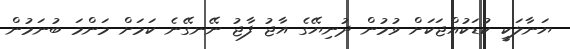
ޔަނާލަކީ ކުޑަކުއްޖަކަށް ވުމުން ދުނިޔޭގެ އާޖު ފާޖު ނޭނގޭނެ ކަމަށް މަންމަ ބުނަމުން